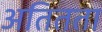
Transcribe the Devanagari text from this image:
अतितता